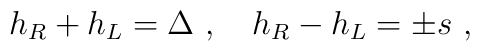
h_R+h_L=\Delta \ ,\quad h_R-h_L=\pm s\ ,